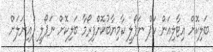
ބަލިކޮށް އިޓާލިއަން ކަޕް ނަޕޯލީ ކާމިޔާބުކޮށްފިރޯމާ ބަލިކޮށް ނަޕޯލީ ފައިނަލަށް